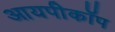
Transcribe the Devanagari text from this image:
आयपीकॉप